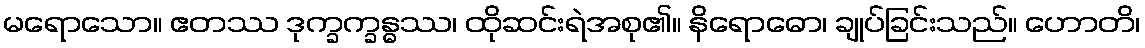
မရောသော။ ဧတဿ ဒုက္ခက္ခန္ဓဿ၊ ထိုဆင်းရဲအစု၏။ နိရောဓော၊ ချုပ်ခြင်းသည်။ ဟောတိ၊